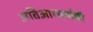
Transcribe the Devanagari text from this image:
अतिआश्चर्याची